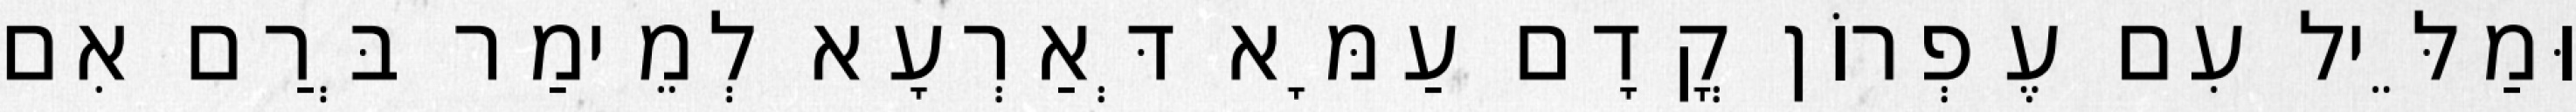
וּמַלֵּיל עִם עֶפְרוֹן קֳדָם עַמָּא דְּאַרְעָא לְמֵימַר בְּרַם אִם